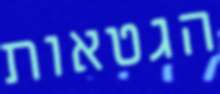
הגטאות